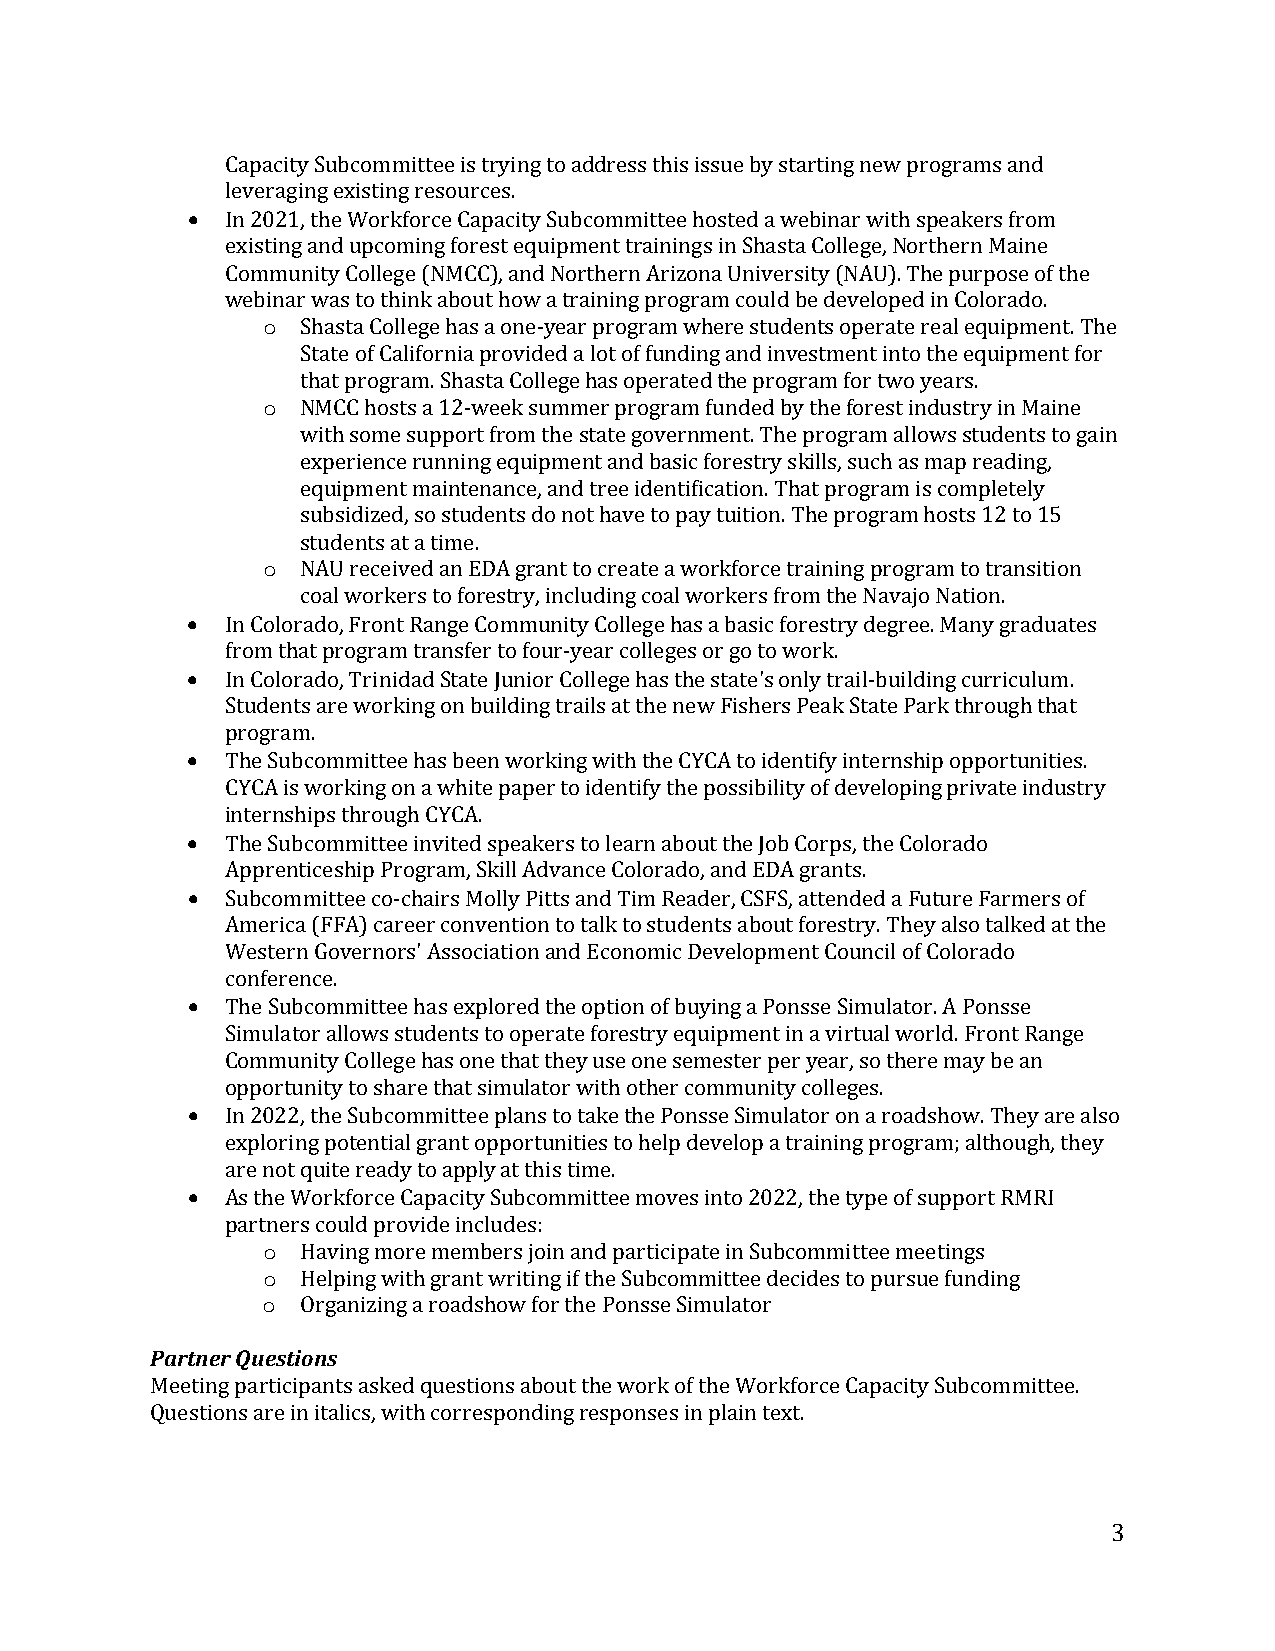
•  Capacity Subcommittee is trying to address this issue by starting new programs and
 leveraging existing resources.
 In 2021, the Workforce Capacity Subcommittee hosted a webinar with speakers from
 existing and upcoming forest equipment trainings in Shasta College, Northern Maine
 Comm unity College (NMCC), and Northern Arizona University (NAU). The purpose of the
 o
 webinar was to think about how a training program could be developed in Colorado.
 Shasta College has a one-year program where students operate real equipment. The
 State of California provided a lot of funding and investment into the equipment for
 o
 that program. Shasta College has operated the program for two years.
 NMCC hosts a 12-week summer program funded by the forest industry in Maine
 with some support from the state government. The program allows students to gain
 experience running equipment and basic forestry skills, such as map reading,
 equipment maintenance, and tree identification. That program is completely
 subsidized, so students do not have to pay tuition. The program hosts 12 to 15
 o
 students at a time.
 •       NAU received an EDA grant to create a workforce training program to transition
 coal workers to forestry, including coal workers from the Navajo Nation.
 •  In Colorado, Front Range Community College has a basic forestry degree. Many graduates
 from that program transfer to four-year colleges or go to work.
 In Colorado, Trinidad State Junior College has the state's only trail-building curriculum.
 •  Students are working on building trails at the new Fishers Peak State Park through that
 program.
 The Subcommittee has been working with the CYCA to identify internship opportunities.
 •  CYCA is working on a white paper to identify the possibility of developing private industry
 internships through CYCA.
 •  The Subcommittee invited speakers to learn about the Job Corps, the Colorado
 Apprenticeship Program, Skill Advance Colorado, and EDA grants.
 Subcommittee co-chairs Molly Pitts and Tim Reader, CSFS, attended a Future Farmers of
 America (FFA) career convention to talk to students about forestry. They also talked at the
 •  Western Governors' Association and Economic Development Council of Colorado
 conference.
 The Subcommittee has explored the option of buying a Ponsse Simulator. A Ponsse
 Simulator allows students to operate forestry equipment in a virtual world. Front Range
 •  Community College has one that they use one semester per year, so there may be an
 opportunity to share that simulator with other community colleges.
 In 2022, the Subcommittee plans to take the Ponsse Simulator on a roadshow. They are also
 •  exploring potential grant opportunities to help develop a training program; although, they
 are not quite ready to apply at this time.
 As the Workforce Capacity Subcommittee moves into 2022, the type of support RMRI
 o
 partn ers could provide includes:
 o
 Having more members join and participate in Subcommittee meetings
 o
 Helping with grant writing if the Subcommittee decides to pursue funding
 Partner QuestiOonrgsa nizing a roadshow for the Ponsse Simulator
 Meeting participants asked questions about the work of the Workforce Capacity Subcommittee.
 Questions are in italics, with corresponding responses in plain text.
 3